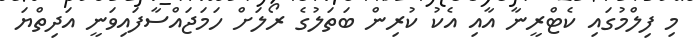
މި ފިލްމުގައި ކެޓްރީނާ އާއި އެކު ކުރިން ބަތަލުގެ ރޯލަށް ހަމަޖައްސާފައިވަނީ އަދިތްޔަ